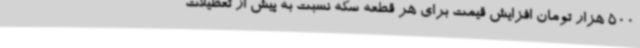
500 هزار تومان افزایش قیمت برای هر قطعه سکه نسبت به پیش از تعطیلات